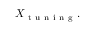
X _ { \mathrm { ~ t ~ u ~ n ~ i ~ n ~ g ~ } } .